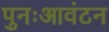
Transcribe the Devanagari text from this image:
पुनःआवंटन